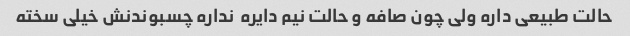
حالت طبیعی داره ولی چون صافه و حالت نیم دایره  نداره چسبوندنش خیلی سخته